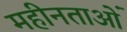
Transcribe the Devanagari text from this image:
महीनताओं